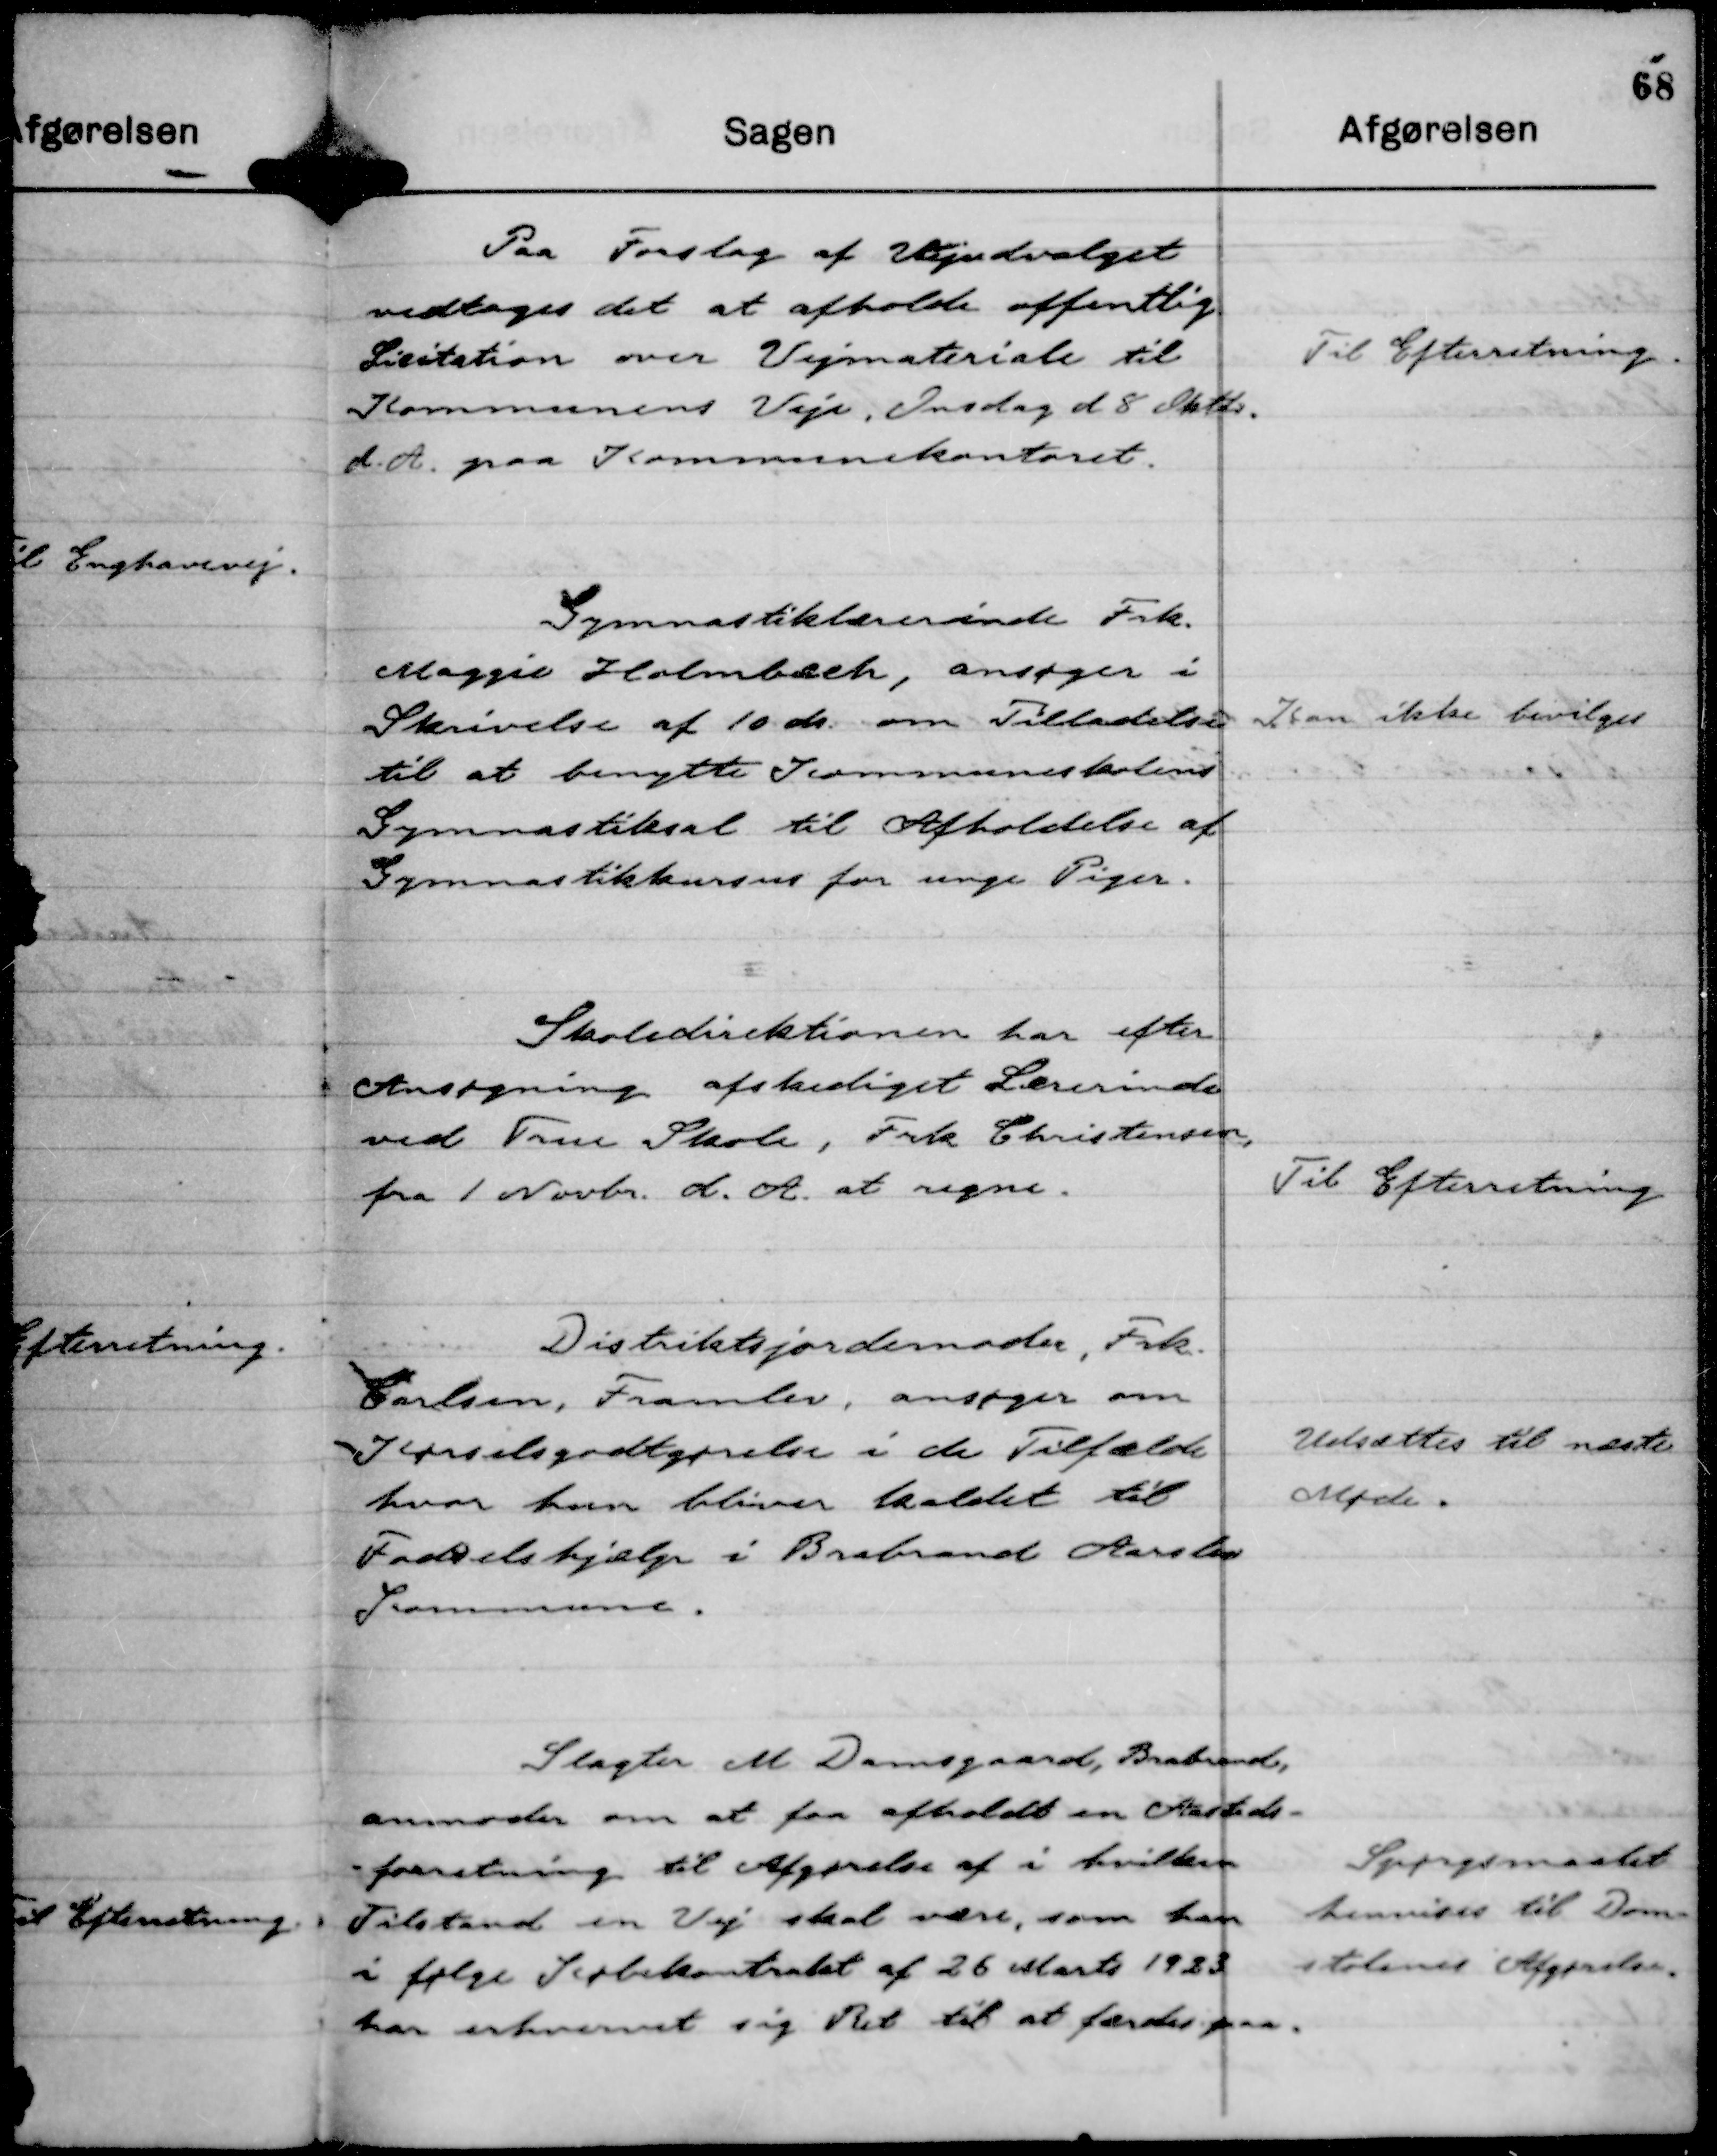
Transskription:
Paa Forslag af Vejudvalget
vedtages det at afholde offentlig
Licitation over Vejmateriale til
Kommunens Veje, Onsdag d 8 Oktbr.
d. A. paa Kommunekontoret.

Til Efterretning.

Gymnastiklærerinde Frk.
Maggie Holmbach, ansøger i
Skrivelse af 10 ds. om Tilladelse
til at benytte Kommuneskolens
Gymnastiksal til Afholdelse af
Gymnastikkursus for unge Piger.

Kan ikke bevilges

Skoledirektionen har efter
Ansøgning afskediget Lærerinde
ved True Skole, Frk Christensen,
fra 1 Novbr. d. A. at regne.

Til Efterretning

Distriktsjordemoder, Frk.
Carlsen, Framlev, ansøger om
Kørselsgodtgørelse i de Tilfælde
hvor hun bliver kaldet til
Fødselshjælp i Brabrand Aarslev
Kommune.

Udsættes til næste
Møde.

Slagter M Damsgaard, Brabrand,
anmoder om at faa afholdt en Aasteds-
-forretning til Afgørelse af i hvilken
Tilstand en Vej skal være, som han
i følge Købekontrakt af 26 Marts 1923
har erhvervet sig Ret til at færdes paa.

Spørgsmaalet
henvises til Dom-
stolenes Afgørelse.